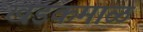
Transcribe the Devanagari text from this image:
खडकमाळ